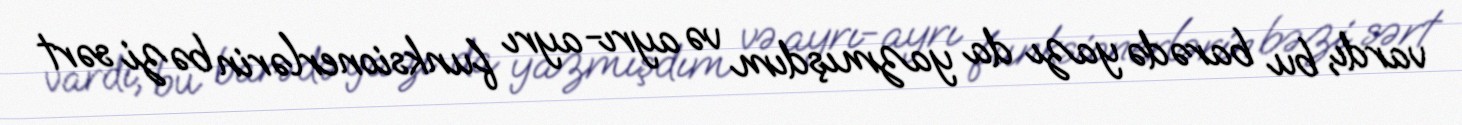
vardı, bu barədə yazı da yazmışdım və ayrı-ayrı funksionerlərin bəzi sərt